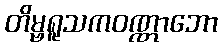
တိမ္ဗရူသကဝဏ္ဏာဘော